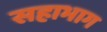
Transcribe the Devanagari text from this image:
सहाभाग